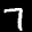
Label: 7